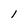
Character: l